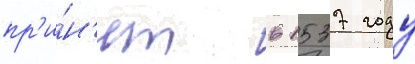
пр'и́н'ят в 1537 году